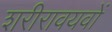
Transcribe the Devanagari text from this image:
शरीरावयवों